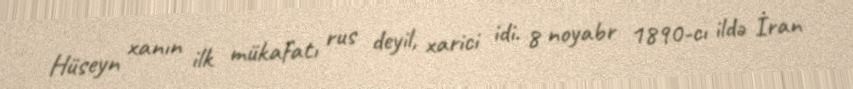
Hüseyn xanın ilk mükafatı rus deyil, xarici idi. 8 noyabr 1890-cı ildə İran